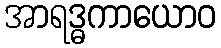
အာရဒ္ဓကာယောဝ